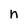
Character: n